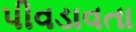
પીવડાવતા